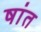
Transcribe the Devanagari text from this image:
षांत